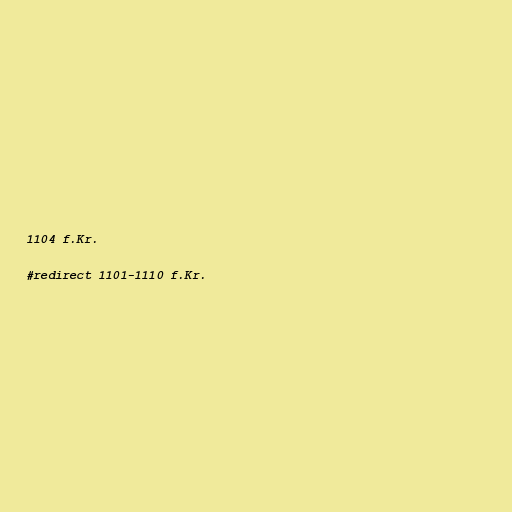
1104 f.Kr.

#redirect 1101-1110 f.Kr.